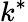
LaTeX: k^{\ast}